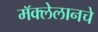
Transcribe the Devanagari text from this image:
मॅक्लेलानचे